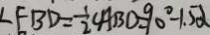
\angle F B D = \frac { 1 } { 2 } \angle A B D = 9 0 ^ { \circ } - 1 . 5 \alpha